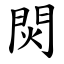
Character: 焛